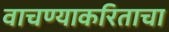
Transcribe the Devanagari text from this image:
वाचण्याकरिताचा